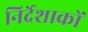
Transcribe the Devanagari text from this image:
निर्देशाकों